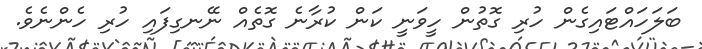
ބަލަހައްޓައިގެން ހުރި ގޮތުން ހީވަނީ ކަން ކުރާނެ ގޮތެއް ނޭނގިފައި ހުރި ހެންނެވެ.